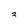
Character: 2